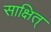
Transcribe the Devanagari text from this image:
साक्षित्‌